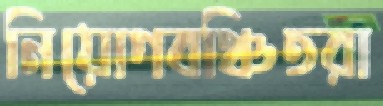
নিয়োগবঞ্চিতরা